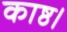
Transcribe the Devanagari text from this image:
काष्ठ।